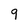
Character: 9